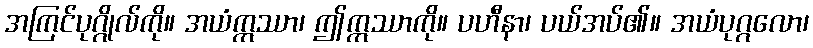
အကြင်ပုဂ္ဂိုလ်ကို။ အယံဣဿာ၊ ဤဣဿာကို။ ပဟီနာ၊ ပယ်အပ်၏။ အယံပုဂ္ဂလော၊